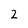
Character: 2